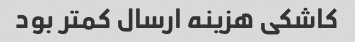
کاشکی هزینه ارسال کمتر بود